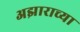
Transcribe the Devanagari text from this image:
अझाराच्या